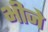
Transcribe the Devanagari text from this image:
भीजे